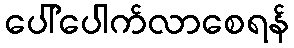
ပေါ်ပေါက်လာစေရန်